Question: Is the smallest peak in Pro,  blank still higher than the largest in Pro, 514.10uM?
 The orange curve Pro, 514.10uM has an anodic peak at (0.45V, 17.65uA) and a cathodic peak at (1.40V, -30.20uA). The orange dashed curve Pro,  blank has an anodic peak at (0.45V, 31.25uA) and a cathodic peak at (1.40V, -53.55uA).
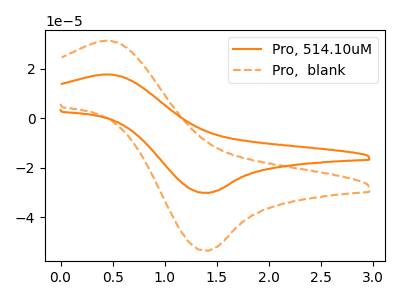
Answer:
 <answer>Every peak in "Pro,  blank" is higher than every peak in "Pro, 514.10uM".</answer>
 <eval>higher</eval>